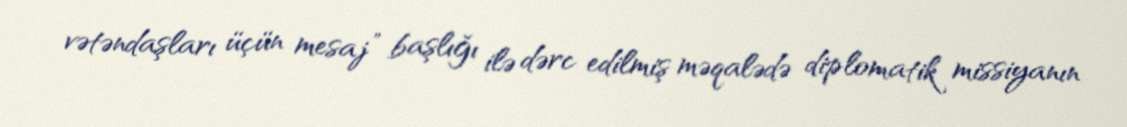
vətəndaşları üçün mesaj” başlığı ilə dərc edilmiş məqalədə diplomatik missiyanın